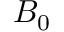
B _ { 0 }